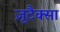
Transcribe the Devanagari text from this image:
ज़ूटैक्सा